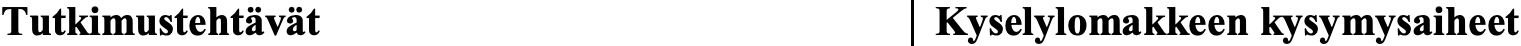
Tutkimustehtävät               Kyselylomakkeen kysymysaiheet